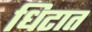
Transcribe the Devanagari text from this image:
धिटात